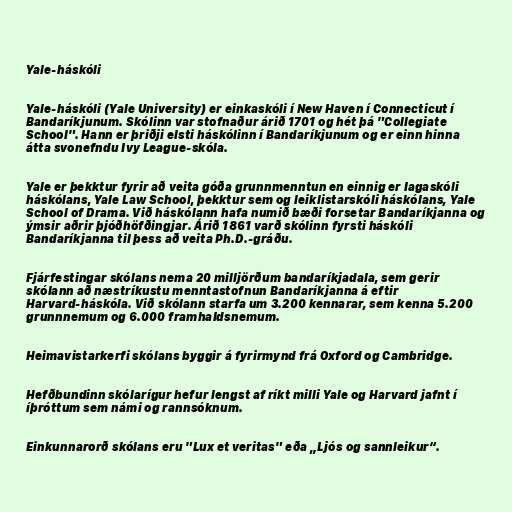
Yale-háskóli

Yale-háskóli (Yale University) er einkaskóli í New Haven í Connecticut í
Bandaríkjunum. Skólinn var stofnaður árið 1701 og hét þá "Collegiate
School". Hann er þriðji elsti háskólinn í Bandaríkjunum og er einn hinna
átta svonefndu Ivy League-skóla.

Yale er þekktur fyrir að veita góða grunnmenntun en einnig er lagaskóli
háskólans, Yale Law School, þekktur sem og leiklistarskóli háskólans, Yale
School of Drama. Við háskólann hafa numið bæði forsetar Bandaríkjanna og
ýmsir aðrir þjóðhöfðingjar. Árið 1861 varð skólinn fyrsti háskóli
Bandaríkjanna til þess að veita Ph.D.-gráðu.

Fjárfestingar skólans nema 20 milljörðum bandaríkjadala, sem gerir
skólann að næstríkustu menntastofnun Bandaríkjanna á eftir
Harvard-háskóla. Við skólann starfa um 3.200 kennarar, sem kenna 5.200
grunnnemum og 6.000 framhaldsnemum.

Heimavistarkerfi skólans byggir á fyrirmynd frá Oxford og Cambridge.

Hefðbundinn skólarígur hefur lengst af ríkt milli Yale og Harvard jafnt í
íþróttum sem námi og rannsóknum.

Einkunnarorð skólans eru "Lux et veritas" eða „Ljós og sannleikur“.